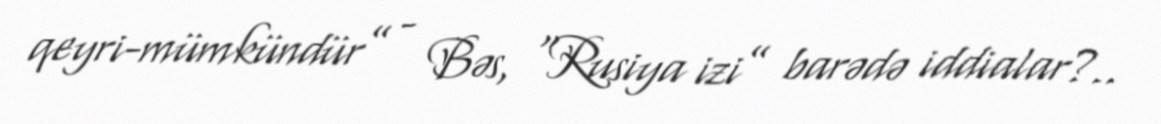
qeyri-mümkündür” - Bəs, “Rusiya izi” barədə iddialar?..